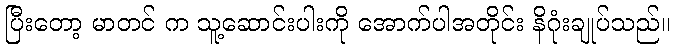
ပြီးတော့ မာတင် က သူ့ဆောင်းပါးကို အောက်ပါအတိုင်း နိဂုံးချုပ်သည်။